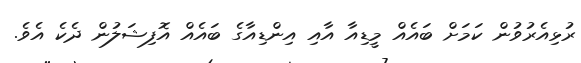
ރުޅިއެރުވުން ކަމަށް ބައެއް މީޑިއާ އާއި އިންޑިއާގެ ބައެއް އޮފިޝަލުން ދެކެ އެވެ.